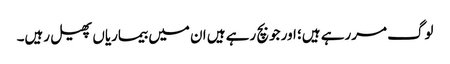
لوگ مررہے ہیں؛ اور جو بچ رہے ہیں ان میں بیماریاں پھیل رہیں۔